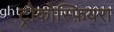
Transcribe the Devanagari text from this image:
ट्रोकोस्फ़ियरा